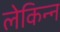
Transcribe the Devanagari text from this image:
लेकिन्न